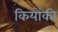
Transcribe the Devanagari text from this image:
कियोंकी